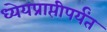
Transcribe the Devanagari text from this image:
ध्येयप्राप्तीपर्यंत